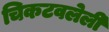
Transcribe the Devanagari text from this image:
चिकटवलेली